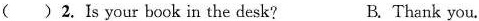
( )2.Is your book in the desk? B.Thank you.